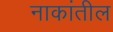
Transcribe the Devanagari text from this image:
नाकांतील